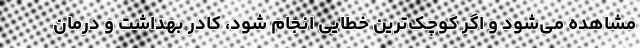
مشاهده می‌شود و اگر کوچک‌ترین خطایی انجام شود، کادر بهداشت و درمان